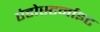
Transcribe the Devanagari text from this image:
एंडोस्टर्नाइट